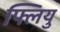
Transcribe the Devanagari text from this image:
फ्लियु